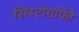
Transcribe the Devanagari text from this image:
सिस्टोग्रॉफी